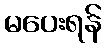
မပေးရန်